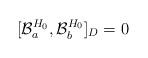
LaTeX: \begin{align*}[{\cal B}_{a}^{H_{0}}, {\cal B}_{b}^{H_{0}}]_{D} = 0\end{align*}